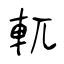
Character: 軏